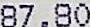
87.80